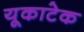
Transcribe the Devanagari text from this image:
यूकाटेक